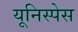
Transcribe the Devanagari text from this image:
यूनिस्पेस